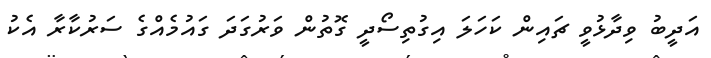
އަދީބު ވިދާޅުވީ ޗައިން ކަހަލަ އިގުތިސޯދީ ގޮތުން ވަރުގަދަ ގައުމެއްގެ ސަރުކާރާ އެކު